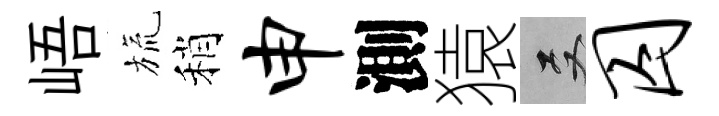
峿旒稍申測猿双囚